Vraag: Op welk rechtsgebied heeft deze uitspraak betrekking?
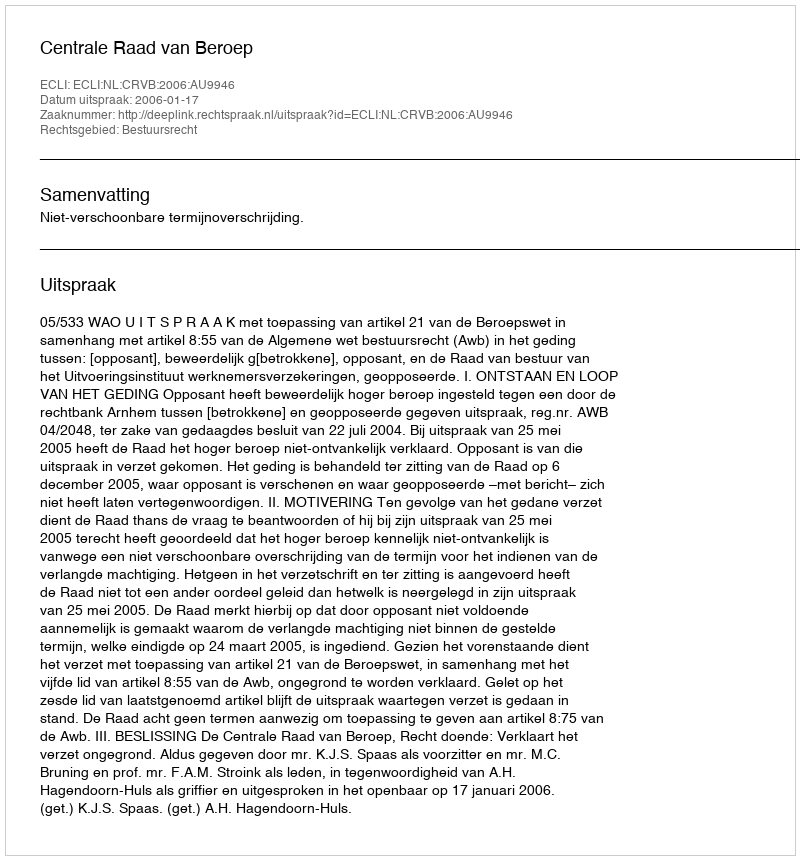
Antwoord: Bestuursrecht